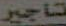
تأجير